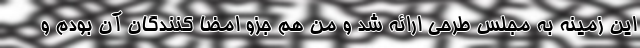
این زمینه به مجلس طرحی ارائه شد و من هم جزو امضا کنندگان آن بودم و